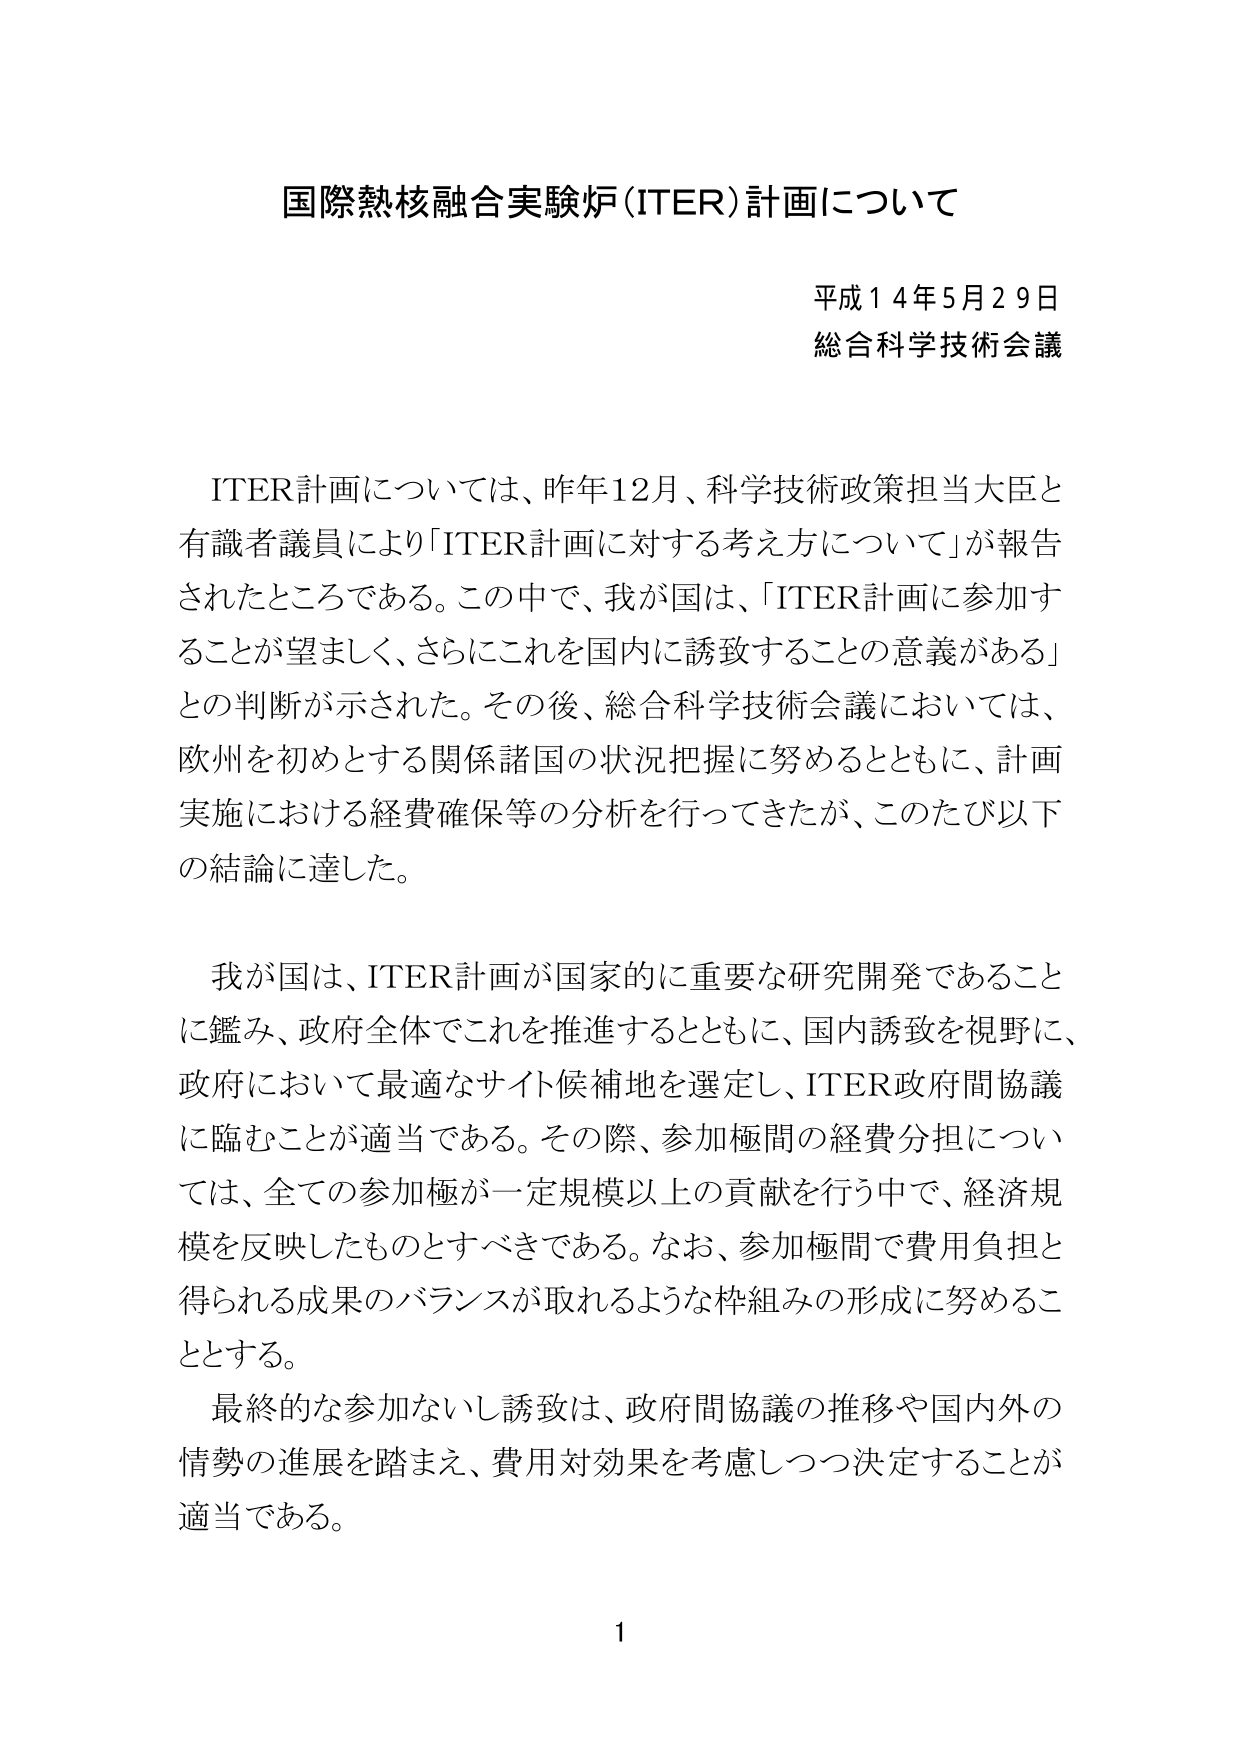
国際熱核融合実験炉（ITER）計画について

平成１４年５月２９日
総合科学技術会議

ITER計画については、昨年12月、科学技術政策担当大臣と有識者議員により「ITER計画に対する考え方について」が報告されたところである。この中で、我が国は、「ITER計画に参加することが望ましく、さらにこれを国内に誘致することの意義がある」との判断が示された。その後、総合科学技術会議においては、欧州を初めとする関係諸国の状況把握に努めるとともに、計画実施における経費確保等の分析を行ってきたが、このたび以下の結論に達した。

我が国は、ITER計画が国家的に重要な研究開発であること に鑑み、政府全体でこれを推進するとともに、国内誘致を視野に、政府において最適なサイト候補地を選定し、ITER政府間協議に臨むことが適当である。その際、参加極間の経費分担については、全ての参加極が一定規模以上の貢献を行う中で、経済規模を反映したものとすべきである。なお、参加極間で費用負担と得られる成果のバランスが取れるような枠組みの形成に努めることとする。

最終的な参加ないし誘致は、政府間協議の推移や国内外の情勢の進展を踏まえ、費用対効果を考慮しつつ決定することが適当である。

1